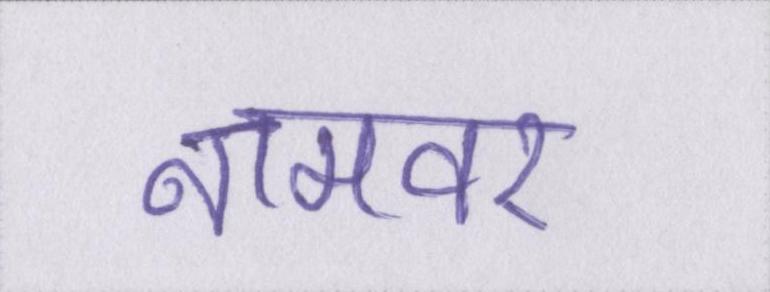
नामवर